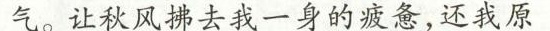
气。让秋风拂去我一身的疲惫，还我原